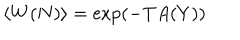
\langle W ( N ) \rangle = \exp ( - T A ( Y ) )